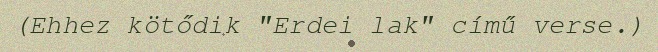
(Ehhez kötődik "Erdei lak" című verse.)